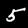
Label: 5